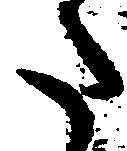
た